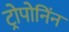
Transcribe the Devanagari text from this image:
ट्रोपोनिंन